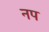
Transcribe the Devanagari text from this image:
नप